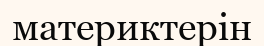
материктерін